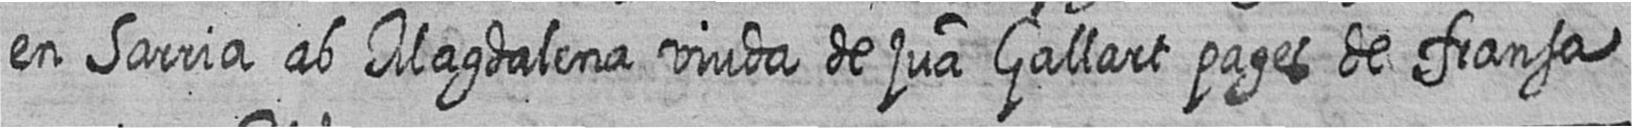
en Sarria ab Magdalena viuda de jua Gallart pages de fransa